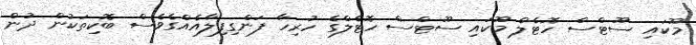
މޫކައި ސޫޓްސް ހޮޓެލް މޫކައި ސޫޓްސް ހޮޓެލްގެ ހުރިހާ ފަންގިފިލާއެއްގެވެސް ބޮކިތަކުން ދުން